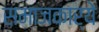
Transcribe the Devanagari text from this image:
समाजकार्ये